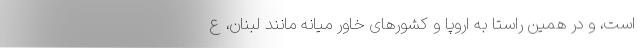
است، و در همین راستا به اروپا و کشورهای خاور میانه مانند لبنان، ع